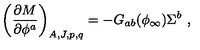
\left( { \frac { \partial M } { \partial \phi ^ { a } } } \right) _ { A , J , p , q } = - G _ { a b } ( \phi _ { \infty } ) \Sigma ^ { b } \ ,